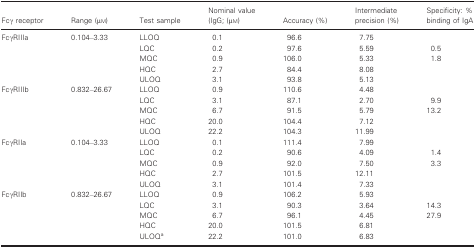
<table><thead><tr><td><b>Fcγ receptor</b></td><td><b>Range (μm)</b></td><td><b>Test sample</b></td><td><b>Nominal value (IgG; (μm)</b></td><td><b>Accuracy (%)</b></td><td><b>Intermediate precision (%)</b></td><td><b>Specificity: % binding of IgA</b></td></tr></thead><tbody><tr><td rowspan="5">FcγRIIIa</td><td rowspan="5">0.104–3.33</td><td>LLOQ</td><td>0.1</td><td>96.6</td><td>7.75</td><td></td></tr><tr><td>LQC</td><td>0.2</td><td>97.6</td><td>5.59</td><td>0.5</td></tr><tr><td>MQC</td><td>0.9</td><td>106.0</td><td>5.33</td><td>1.8</td></tr><tr><td>HQC</td><td>2.7</td><td>84.4</td><td>8.08</td><td></td></tr><tr><td>ULOQ</td><td>3.1</td><td>93.8</td><td>5.13</td><td></td></tr><tr><td rowspan="5">FcγRIIIb</td><td rowspan="5">0.832–26.67</td><td>LLOQ</td><td>0.9</td><td>110.6</td><td>4.48</td><td></td></tr><tr><td>LQC</td><td>3.1</td><td>87.1</td><td>2.70</td><td>9.9</td></tr><tr><td>MQC</td><td>6.7</td><td>91.5</td><td>5.79</td><td>13.2</td></tr><tr><td>HQC</td><td>20.0</td><td>104.4</td><td>7.12</td><td></td></tr><tr><td>ULOQ</td><td>22.2</td><td>104.3</td><td>11.99</td><td></td></tr><tr><td rowspan="5">FcγRIIa</td><td rowspan="5">0.104–3.33</td><td>LLOQ</td><td>0.1</td><td>111.4</td><td>7.99</td><td></td></tr><tr><td>LQC</td><td>0.2</td><td>90.6</td><td>4.09</td><td>1.4</td></tr><tr><td>MQC</td><td>0.9</td><td>92.0</td><td>7.50</td><td>3.3</td></tr><tr><td>HQC</td><td>2.7</td><td>101.5</td><td>12.11</td><td></td></tr><tr><td>ULOQ</td><td>3.1</td><td>101.4</td><td>7.33</td><td></td></tr><tr><td rowspan="5">FcγRIIb</td><td rowspan="5">0.832–26.67</td><td>LLOQ</td><td>0.9</td><td>106.2</td><td>5.93</td><td></td></tr><tr><td>LQC</td><td>3.1</td><td>90.3</td><td>3.64</td><td>14.3</td></tr><tr><td>MQC</td><td>6.7</td><td>96.1</td><td>4.45</td><td>27.9</td></tr><tr><td>HQC</td><td>20.0</td><td>101.5</td><td>6.81</td><td></td></tr><tr><td>ULOQa</td><td>22.2</td><td>101.0</td><td>6.83</td><td></td></tr></tbody></table>